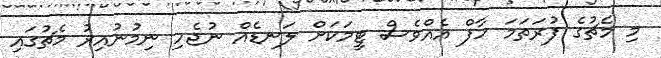
މި މެޗުގެ ފުރަތަމަ ހާފް އެއްވެސް ޓީމަކަށް ލަނޑެއް ނުޖެހި ނިމުނުއިރު މެޗުގައި